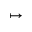
\mapsto